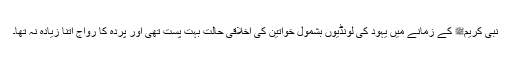
نبی کریمﷺ کے زمانے میں یہود کی لونڈیوں بشمول خواتین کی اخلاقی حالت بہت پست تھی اور پردہ کا رواج اتنا زیادہ نہ تھا۔